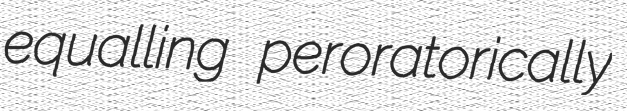
equalling peroratorically